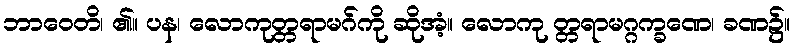
ဘာဝေတိ၊ ၏။ ပန၊ လောကုတ္တရာမဂ်ကို ဆိုအံ့။ လောကု တ္တရာမဂ္ဂက္ခဏေ၊ ခဏ၌။